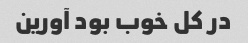
در کل خوب بود آورین